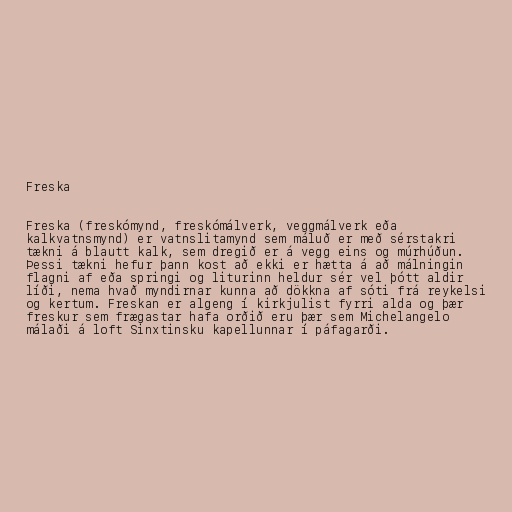
Freska

Freska (freskómynd, freskómálverk, veggmálverk eða
kalkvatnsmynd) er vatnslitamynd sem máluð er með sérstakri
tækni á blautt kalk, sem dregið er á vegg eins og múrhúðun.
Þessi tækni hefur þann kost að ekki er hætta á að málningin
flagni af eða springi og liturinn heldur sér vel þótt aldir
líði, nema hvað myndirnar kunna að dökkna af sóti frá reykelsi
og kertum. Freskan er algeng í kirkjulist fyrri alda og þær
freskur sem frægastar hafa orðið eru þær sem Michelangelo
málaði á loft Sinxtinsku kapellunnar í páfagarði.